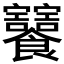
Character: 𩟸